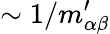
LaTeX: \sim 1/m_{\alpha\beta}^{\prime}